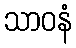
သာဝနံ